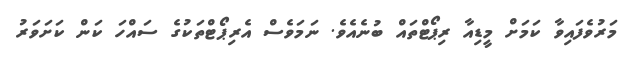
މަރުވެފައިވާ ކަމަށް މީޑިއާ ރިޕޯޓްތައް ބުނެއެވެ. ނަމަވެސް އެރިޕޯޓްތަކުގެ ސައްހަ ކަން ކަށަވަރު